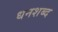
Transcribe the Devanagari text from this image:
धनशब्द